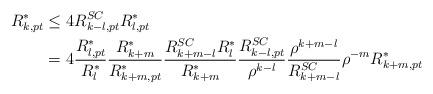
LaTeX: \begin{align*}R^*_{k,pt}&\le 4R^{SC}_{k-l,pt}R^*_{l,pt}\\&=4\frac{R^*_{l,pt}}{R^*_{l}}\frac{R^*_{k+m}}{R^*_{k+m,pt}}\frac{R^{SC}_{k+m-l}R^*_l}{R^*_{k+m}}\frac{R^{SC}_{k-l,pt}}{\rho^{k-l}}\frac{\rho^{k+m-l}}{R^{SC}_{k+m-l}}\rho^{-m}R^*_{k+m,pt}\end{align*}